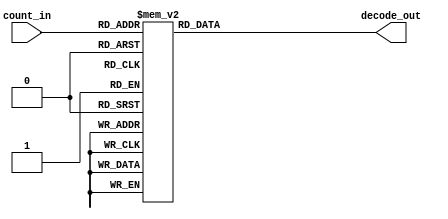
// This program was cloned from: https://github.com/FPGADude/Digital-Design
// License: GNU General Public License v3.0

`timescale 1ns / 1ps

// For 7-segment display clock
// Authored by David J Marion

module seg_decoder(
    input [3:0] count_in,
    output [6:0] decode_out
    );
    
    reg [6:0] decoder = 7'b000_0000;
    
    always @(*) begin
        case(count_in)
            4'b0000 : decoder = 7'b111_1110;    // 0
            4'b0001 : decoder = 7'b001_1000;    // 1
            4'b0010 : decoder = 7'b110_1101;    // 2
            4'b0011 : decoder = 7'b011_1101;    // 3
            4'b0100 : decoder = 7'b001_1011;    // 4
            4'b0101 : decoder = 7'b011_0111;    // 5
            4'b0110 : decoder = 7'b111_0111;    // 6
            4'b0111 : decoder = 7'b001_1100;    // 7
            4'b1000 : decoder = 7'b111_1111;    // 8
            4'b1001 : decoder = 7'b001_1111;    // 9
            default : decoder = 7'b111_1001;    // d
        endcase
    end
    
    assign decode_out = decoder;
    
endmodule